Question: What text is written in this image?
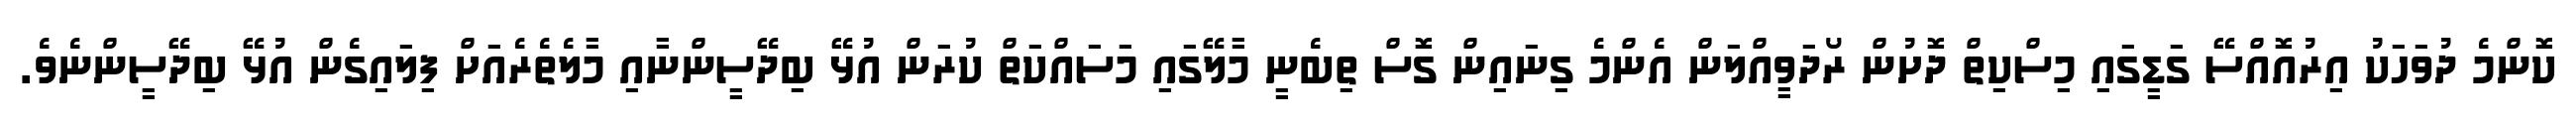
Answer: ކޮންމެ ދުވަހަކު އިރުއޮއްސޭ ގަޑީގައި މިސްކިތް ދޮށުން ރޯދަވީއްލަން އެންމެ ގިނައިން ގޮސް ތިބެނީ މާލޭގައި މަސައްކަތް ކުރަން އުޅޭ ބިދޭސީންނާއި މާލެތެރެއަށް ފިލައިގެން އުޅޭ ބިދޭސީންނެވެ.